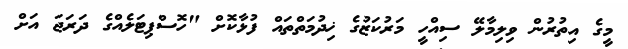
މީގެ އިތުރުން ވިލިމާލޭ ސިއްހީ މަރުކަޒުގެ ޚިދުމަތްތައް ފުޅާކޮށް "ހޮސްޕިޓަލެއްގެ ދަރަޖަ އަށް